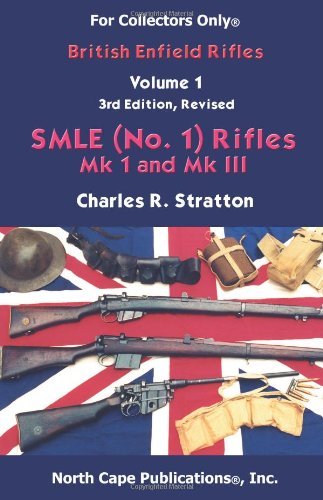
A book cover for British Enfield Rifles, Vol. 1,  SMLE (No.1) Mk I and Mk III (Internet Workshop Series) (For collectors only); Charles R. Stratton; Engineering & Transportation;